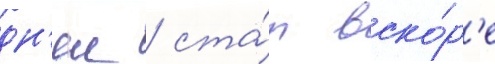
дн'еи / ста́л вско́р'е